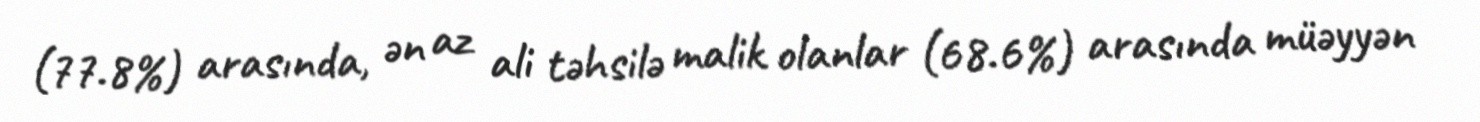
(77.8%) arasında, ən az ali təhsilə malik olanlar (68.6%) arasında müəyyən